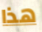
هذا